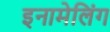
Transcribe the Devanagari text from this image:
इनामेलिंग